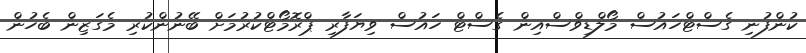
ކުންފުނި ގެސްޓްހައުސް މޯލްޑިވްސްއިން ގެސްޓް ހައުސް ވިޔަފާރި ޕްރޮމޯޓްކުރުމަށް ބޭނުންކުރި މެގަޒިން ބެހުން